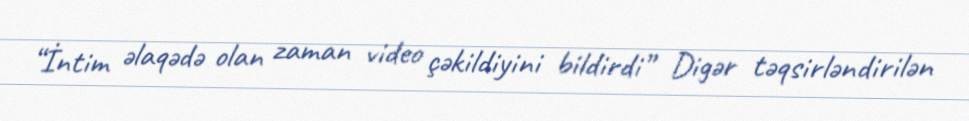
“İntim əlaqədə olan zaman video çəkildiyini bildirdi” Digər təqsirləndirilən